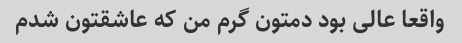
واقعا عالی بود دمتون گرم من که عاشقتون شدم